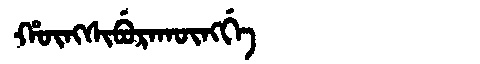
Manchu: ᡥᡡᠩᠰᡳᠪᡠᡵᠠᡴᡡᠩᡤᡝ
Romanization: HŪNGSIBURAKŪNGGE